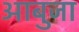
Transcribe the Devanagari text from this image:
आबुजा